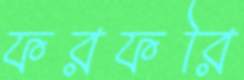
ফরফরি